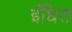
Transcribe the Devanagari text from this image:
ईंधित